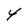
Character: 4